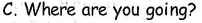
C.Where are you going